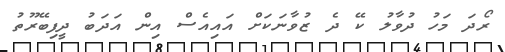
ރޯދަ މަހު ދުވާލު ކޭ ދެ ޒުވާނަކަށް އައިއެސް އިން އަދަބު ދީފިބޭރޫތު